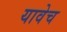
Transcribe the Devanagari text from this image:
यावेच